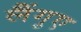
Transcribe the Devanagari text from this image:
लैंगुए